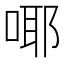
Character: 㖿